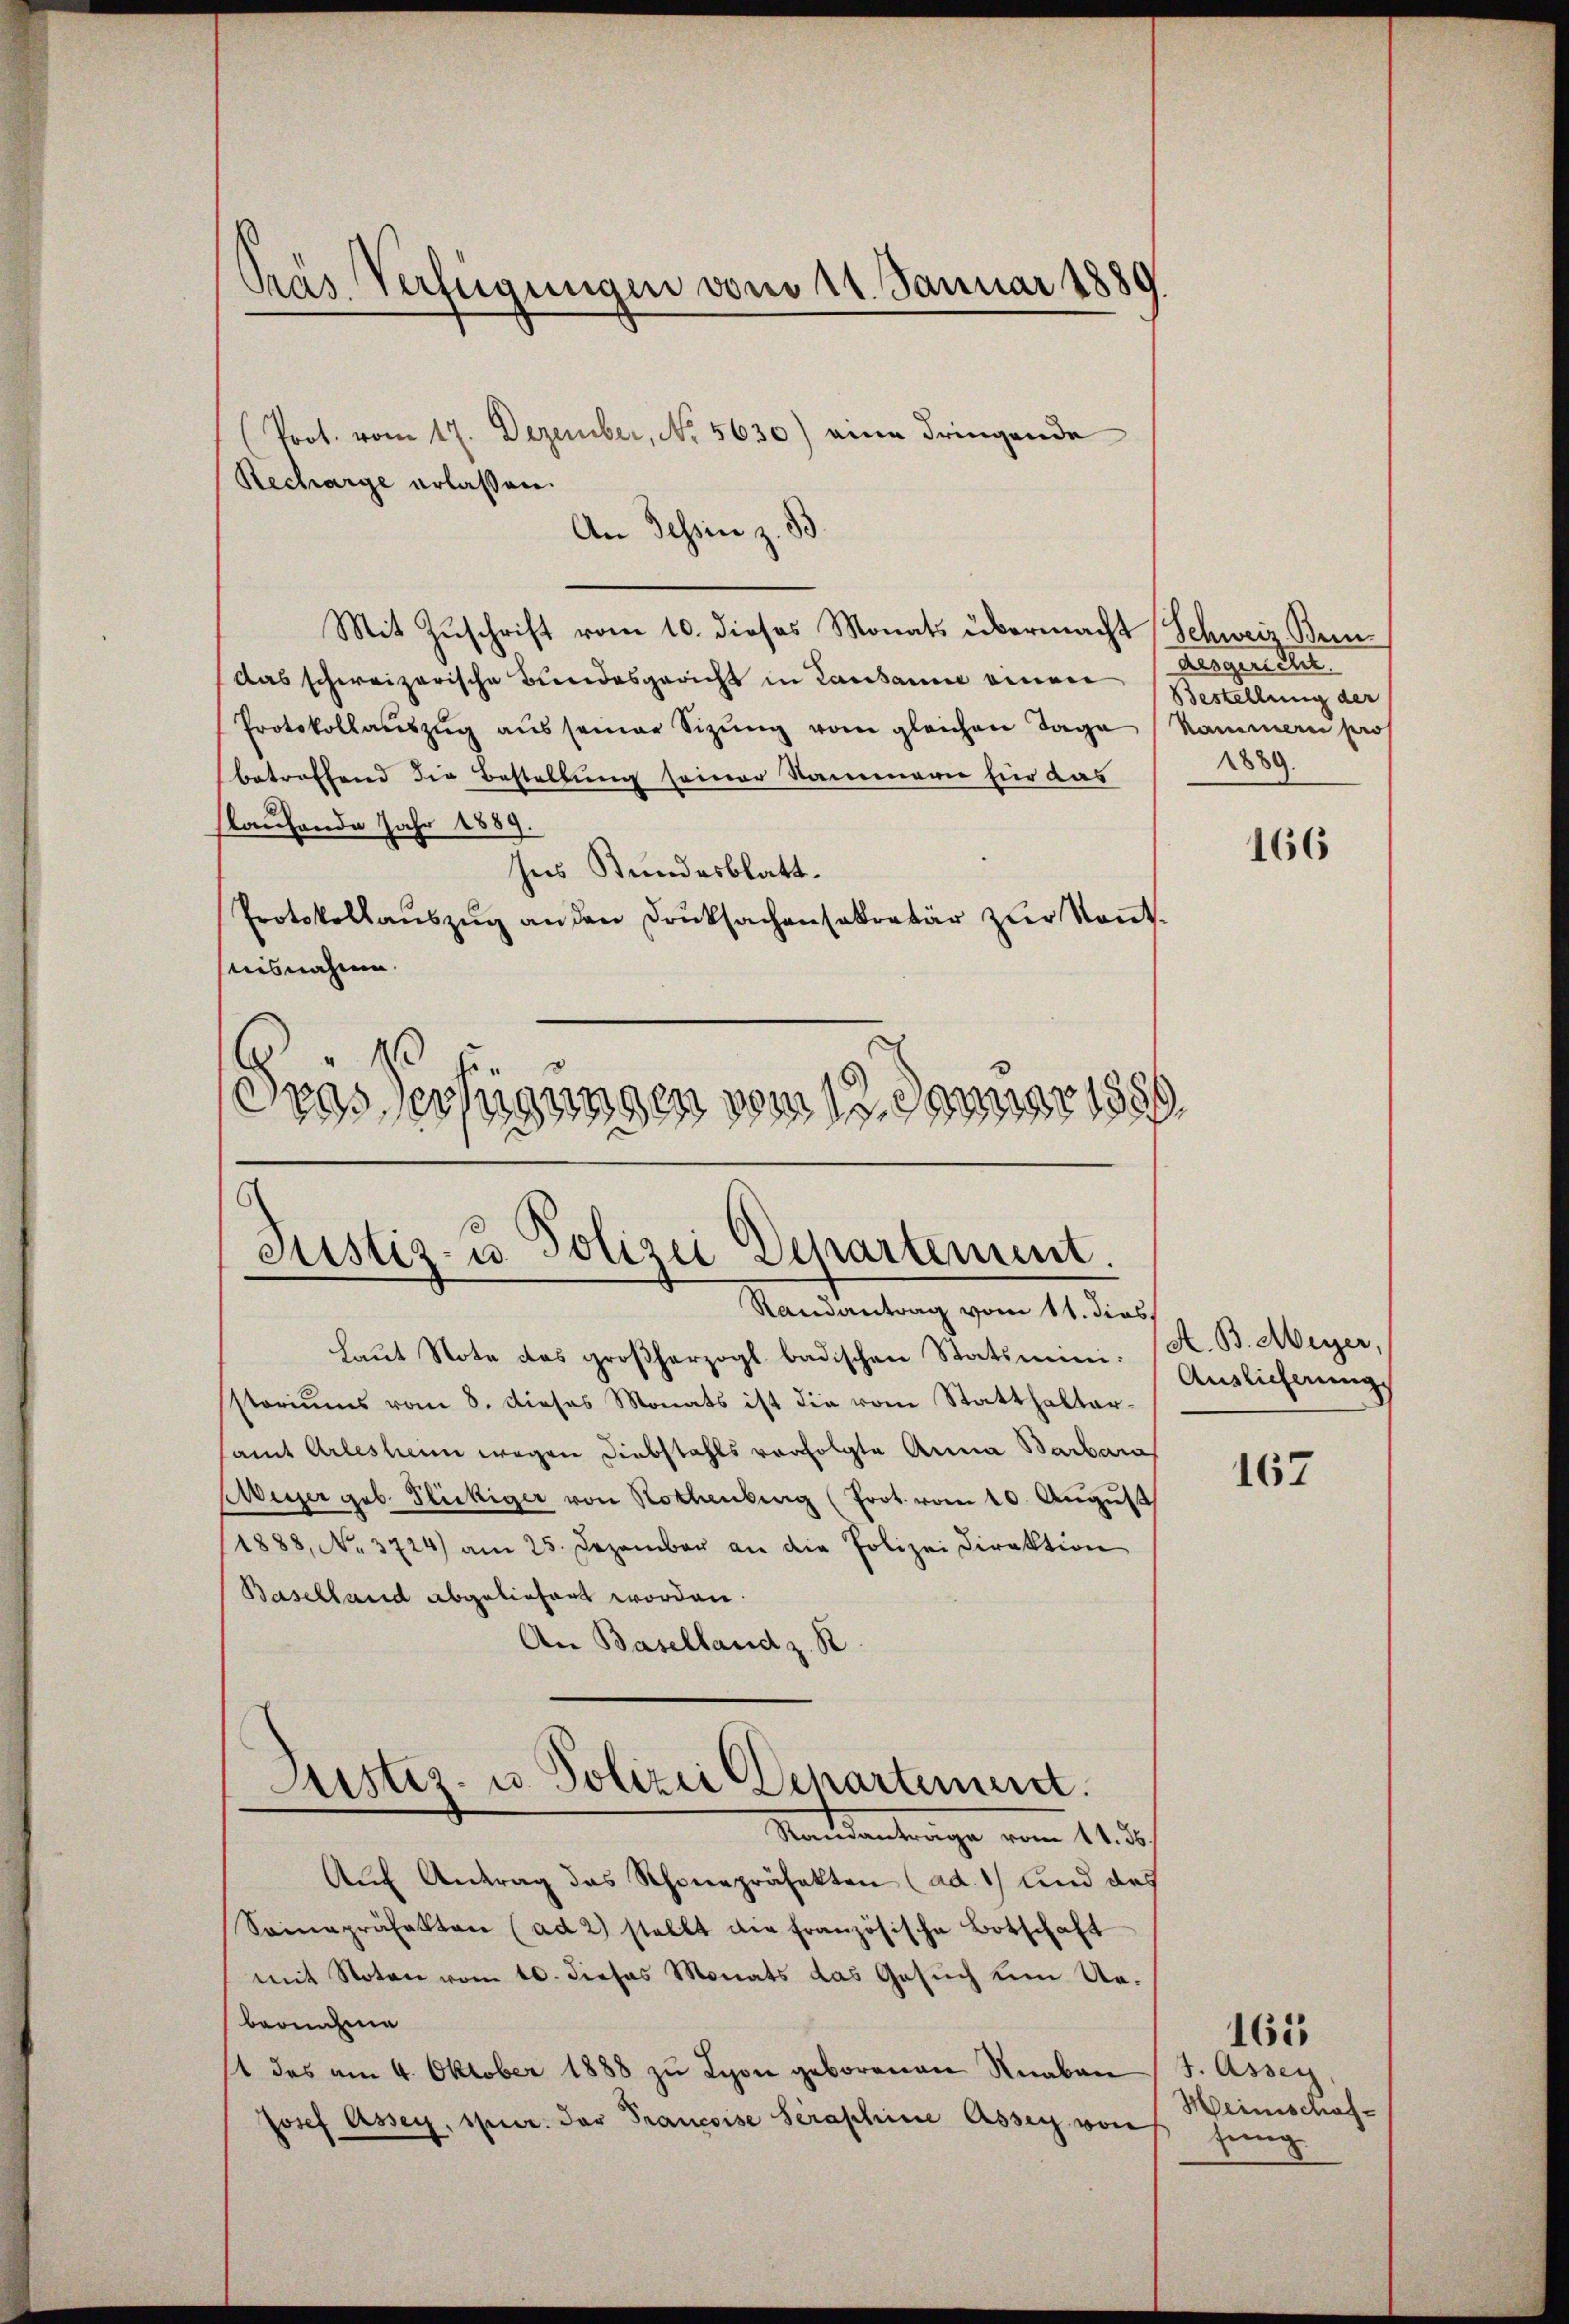
Pras. Verfügungen vom 11. Januar 1889

(Prot. vom 17. Dezember, No. 5630) eine dringende
Recharge erlassen.
An Tessin z. B.
Mit Zuschrift vom 10. dieses Monats übermacht Schweiz. Brendas schweizerische Bundesgericht in Lausanne einen Bestellung der
Protokollaŭszŭg aŭs seiner Sizŭng vom gleichen Tage Kammer pro
betreffend die Bestellung seiner Sammern für das
slaufende Jahr 1889.
Ins Bundesblatt.
Protokollauszug an den Drucksachensekretär zur Kont
aisnahme.
10
¬
dres verfügungen vom 13. Januar 1889

Justiz- u. Polizei Departement.
Randantrag vom 11. dies

haut Note des großherzogl. badischen Statsminisstoriums vom 8. Dieses Monats ist die vom Statthaltersamt Arlesheim wegen Diebstahls verfolgte Anna Barbara
Aeger geb. Flickiger von Rothenberg (Prot. vom 10. Aŭgŭst
1888, No. 3724 am 25. Dezember an die Polizei Direktion
Baselland abgeliefert worden.
An Baselland z. B
Justiz- u. Polizei Departement.
Saulantrage vom 11. d.
Aŭf Antrag das Schonepräfekten (ad. 1) und des
Soinapräfekten (ad 2) stellt die französische Botschaft
mit Noten vom 10. dieses Monats das Gesuch um Uebernahme
1 das am 4. Oktober 1888 zu Lyon geborenen Knaben
Josef Assey, spur. der Francoise Seraphine Assey von

Aesgericht.
1889.

166

K. B. Meyer,
Auslicherung

167

J. Assey,
Heinschafzung

165